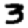
Digit: 3